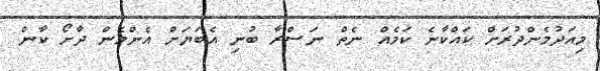
މިއަދުމެންދުރަށް ކައްކާނެ ކަމެއް ނެތް ނަސްރާ ބުނި އެބަޔަށް އެންމެން ދާށޯ ކާން